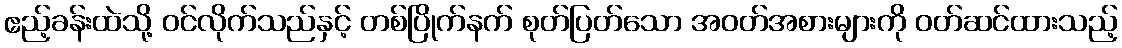
ဧည့်ခန်းထဲသို့ ဝင်လိုက်သည်နှင့် တစ်ပြိုက်နက် စုတ်ပြတ်သော အဝတ်အစားများကို ဝတ်ဆင်ထားသည့်